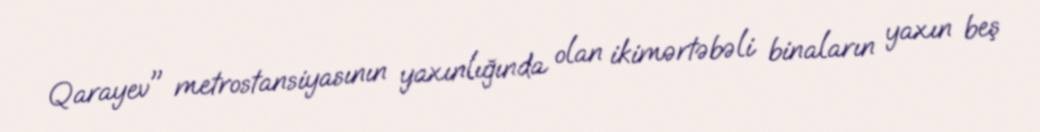
Qarayev" metrostansiyasının yaxınlığında olan ikimərtəbəli binaların yaxın beş